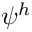
\psi ^ { h }